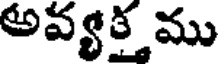
అవ్యక్త ము